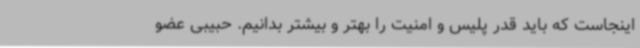
اینجاست که باید قدر پلیس و امنیت را بهتر و بیشتر بدانیم. حبیبی عضو